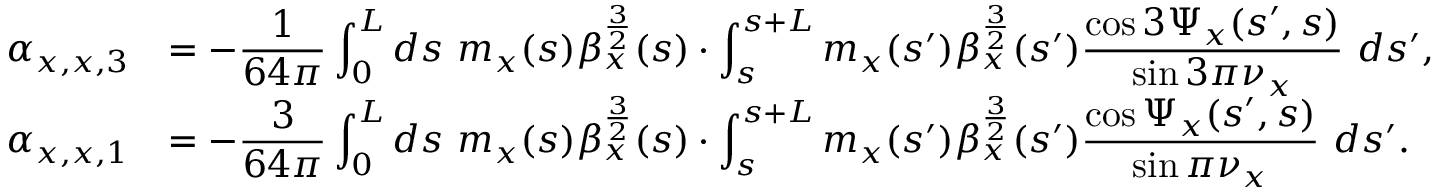
\begin{array} { r l } { \displaystyle \alpha _ { x , x , 3 } } & { \displaystyle = - \frac { 1 } { 6 4 \pi } \int _ { 0 } ^ { L } { d s \ m _ { x } ( s ) \beta _ { x } ^ { \frac { 3 } { 2 } } ( s ) \cdot \int _ { s } ^ { s + L } m _ { x } ( s ^ { \prime } ) \beta _ { x } ^ { \frac { 3 } { 2 } } ( s ^ { \prime } ) \frac { \cos { 3 \Psi _ { x } ( s ^ { \prime } , s ) } } { \sin { 3 \pi \nu _ { x } } } \ d s ^ { \prime } } , } \\ { \displaystyle \alpha _ { x , x , 1 } } & { \displaystyle = - \frac { 3 } { 6 4 \pi } \int _ { 0 } ^ { L } { d s \ m _ { x } ( s ) \beta _ { x } ^ { \frac { 3 } { 2 } } ( s ) \cdot \int _ { s } ^ { s + L } m _ { x } ( s ^ { \prime } ) \beta _ { x } ^ { \frac { 3 } { 2 } } ( s ^ { \prime } ) \frac { \cos { \Psi _ { x } ( s ^ { \prime } , s ) } } { \sin { \pi \nu _ { x } } } \ d s ^ { \prime } } . } \end{array}